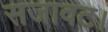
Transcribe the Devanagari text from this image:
सजावट।